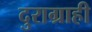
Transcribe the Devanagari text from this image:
दुराग्राही